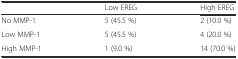
|  | Low EREG | High EREG |
 | --- | --- | --- |
 | No MMP-1 | 5 (45.5 %) | 2 (10.0 %) |
 | Low MMP-1 | 5 (45.5 %) | 4 (20.0 %) |
 | High MMP-1 | 1 (9.0 %) | 14 (70.0 %) |